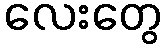
လေးတွေ